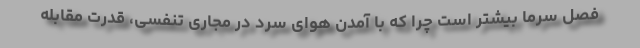
فصل سرما بیشتر است چرا که با آمدن هوای سرد در مجاری تنفسی، قدرت مقابله